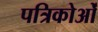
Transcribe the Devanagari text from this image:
पत्रिकोओं